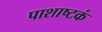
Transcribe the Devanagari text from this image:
पाशाष्टकं